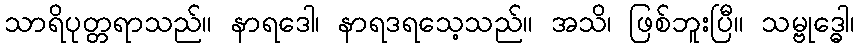
သာရိပုတ္တရာသည်။ နာရဒေါ၊ နာရဒရသေ့သည်။ အသိ၊ ဖြစ်ဘူးပြီ။ သမ္ဗုဒ္ဓေါ၊